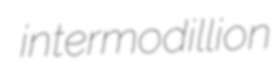
intermodillion